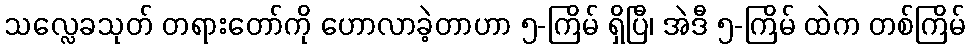
သလ္လေခသုတ် တရားတော်ကို ဟောလာခဲ့တာဟာ ၅-ကြိမ် ရှိပြီ၊ အဲဒီ ၅-ကြိမ် ထဲက တစ်ကြိမ်